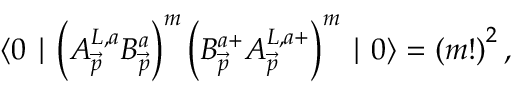
\langle 0 \mid \left( A _ { \vec { p } } ^ { L , a } B _ { \vec { p } } ^ { a } \right) ^ { m } \left( B _ { \vec { p } } ^ { a + } A _ { \vec { p } } ^ { L , a + } \right) ^ { m } \mid 0 \rangle = \left( m ! \right) ^ { 2 } ,